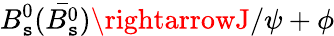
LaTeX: B_{\mathtt{s}}^{0}(\bar{{B_{\mathtt{s}}^{0}}})\rightarrowJ/\psi+\phi